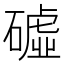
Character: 𥕰